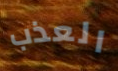
العذب